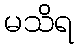
မသိရ